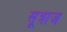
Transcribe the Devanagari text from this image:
सूत्राज